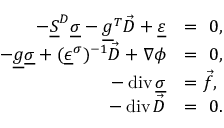
\begin{array} { r l } { - \underline { { S } } ^ { D } \underline { { \sigma } } - \underline { { g } } ^ { T } \vec { D } + \underline { { \varepsilon } } } & { = \ 0 , } \\ { - \underline { { g } } \underline { { \sigma } } + ( \underline { { \epsilon } } ^ { \sigma } ) ^ { - 1 } \vec { D } + \nabla \phi } & { = \ 0 , } \\ { - \operatorname { d i v } \underline { { \sigma } } } & { = \vec { f } , } \\ { - \operatorname { d i v } \vec { D } } & { = \ 0 . } \end{array}